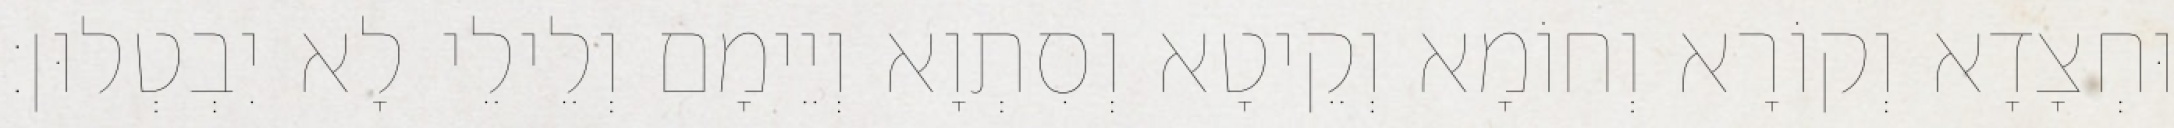
וּחְצָדָא וְקוֹרָא וְחוֹמָא וְקֵיטָא וְסִתְוָא וְיֵימָם וְלֵילֵי לָא יִבְטְלוּן׃